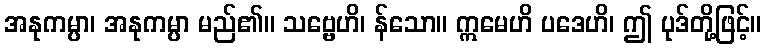
အနုကမ္ပာ၊ အနုကမ္ပာ မည်၏။ သဗ္ဗေဟိ၊ န်သော။ ဣမေဟိ ပဒေဟိ၊ ဤ ပုဒ်တို့ဖြင့်။